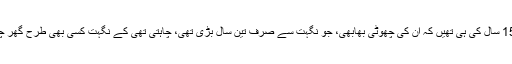
ابھی نگہت صرف 15 سال کی ہی تھیں کہ ان کی چھوٹی بھابھی، جو نگہت سے صرف تین سال بڑی تھی، چاہتی تھی کے نگہت کسی بھی طرح گھر چھوڑ کر چلی جائے۔